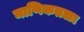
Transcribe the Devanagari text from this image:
माणिकतळा